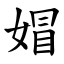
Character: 媢